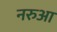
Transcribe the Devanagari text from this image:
नरुआ